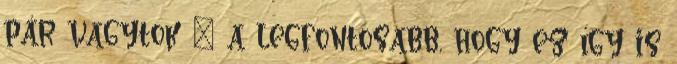
pár vagytok – a legfontosabb, hogy ez így is